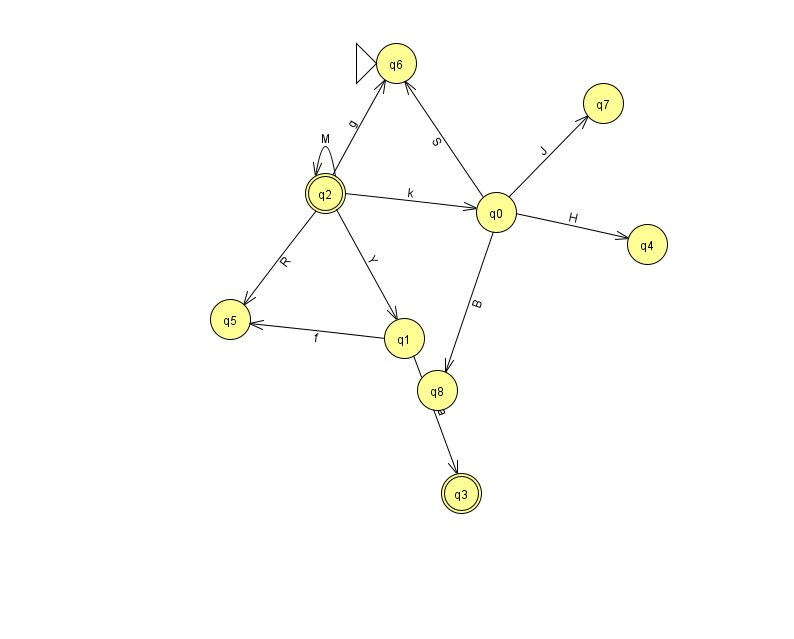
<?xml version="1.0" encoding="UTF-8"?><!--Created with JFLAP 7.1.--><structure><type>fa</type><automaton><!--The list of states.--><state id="0" name="q0"><x>496.0</x><y>199.0</y></state><state id="1" name="q1"><x>404.0</x><y>325.0</y></state><state id="2" name="q2"><x>325.0</x><y>180.0</y><final/></state><state id="3" name="q3"><x>461.0</x><y>480.0</y><final/></state><state id="4" name="q4"><x>647.0</x><y>231.0</y></state><state id="5" name="q5"><x>230.0</x><y>306.0</y></state><state id="6" name="q6"><x>396.0</x><y>50.0</y><initial/></state><state id="7" name="q7"><x>603.0</x><y>90.0</y></state><state id="8" name="q8"><x>437.0</x><y>377.0</y></state><!--The list of transitions.--><transition><from>1</from><to>3</to><read>a</read></transition><transition><from>0</from><to>6</to><read>S</read></transition><transition><from>1</from><to>5</to><read>f</read></transition><transition><from>2</from><to>0</to><read>k</read></transition><transition><from>2</from><to>5</to><read>R</read></transition><transition><from>0</from><to>8</to><read>B</read></transition><transition><from>2</from><to>1</to><read>Y</read></transition><transition><from>0</from><to>4</to><read>H</read></transition><transition><from>2</from><to>2</to><read>M</read></transition><transition><from>0</from><to>7</to><read>J</read></transition><transition><from>2</from><to>6</to><read>g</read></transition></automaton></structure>